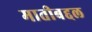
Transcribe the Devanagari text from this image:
मातीबद्दल